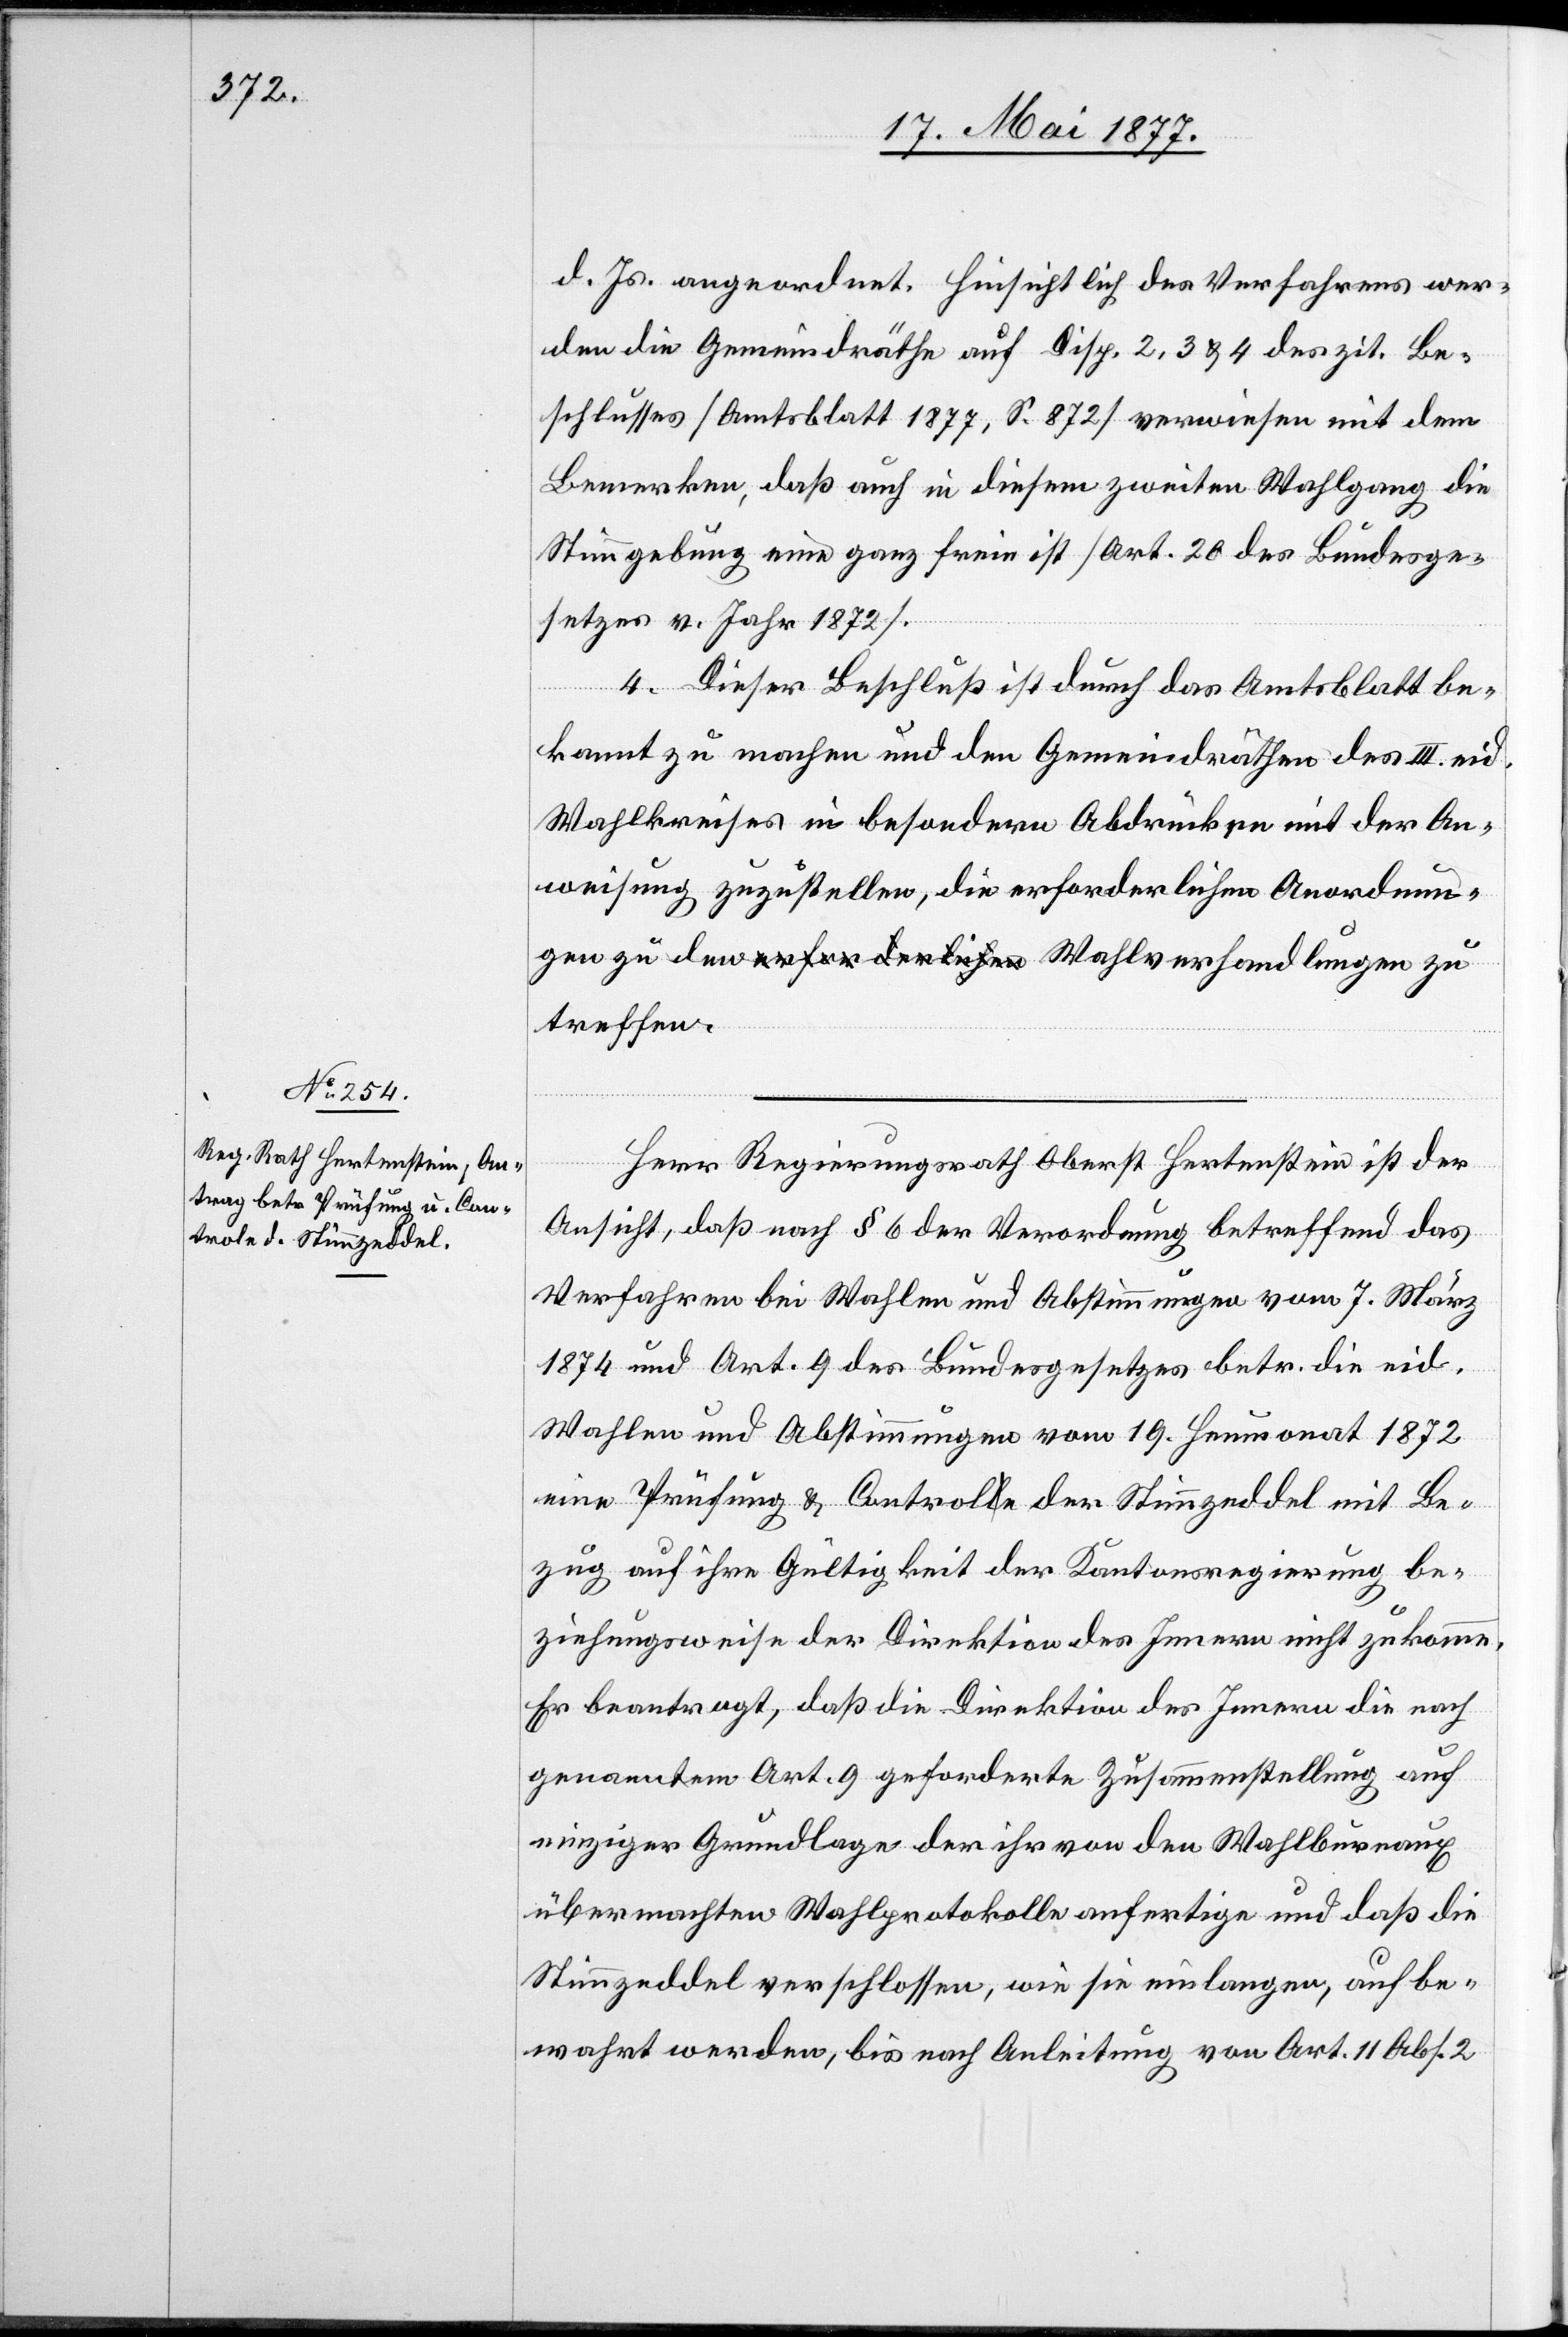
d. Js. angeordnet. Hinsichtlich des Verfahrens wer¬
den die Gemeindräthe auf Disp. 2, 3 & 4 des zit. Be¬
schlusses [Amtsblatt 1877, S. 872] verwiesen mit dem
Bemerken, daß auch in diesem zweiten Wahlgang die
Stimmgebung eine ganz freie ist [Art. 20 des Bundesge¬
den
setzes v. Jahr 1872].
4. Dieser Beschluß ist durch das Amtsblatt be¬
kannt zu machen und den Gemeindräthen des III. eid.
Wahlkreises in besondern Abdrücken mit der An¬
weisung zuzustellen, die erforderlichen Anordnun¬
treffen.
Herr Regierungsrath Oberst Hertenstein ist der
Ansicht, daß nach § 6 der Verordnung betreffend das
Verfahren bei Wahlen und Abstimmungen vom 7. März
1874 und Art. 9 des Bundesgesetzes betr. die eid.
Wahlen und Abstimmungen vom 19. Heumonat 1872
eine Prüfung und Controle der Stimmzeddel mit Be¬
zug auf ihre Gültigkeit der Kantonsregierung be¬
ziehungsweise der Direktion des Innern nicht zukomme.
Er beantragt, daß die Direktion des Innern die nach
genanntem Art. 9 geforderte Zusammenstellung auf
einziger Grundlage der ihr von den Wahlbureaux
übermachten Wahlprotokolle anfertige und daß die
Stimmzeddel verschlossen, wie sie einlagen, aufbe¬
wahrt werden, bis nach Anleitung von Art. 11 Abs. 2